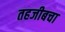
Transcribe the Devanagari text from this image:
तहजीबचा